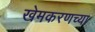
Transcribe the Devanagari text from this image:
खेमकरणच्या